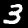
Digit: 3